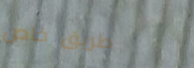
طريق خاص